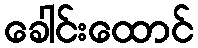
ခေါင်းထောင်